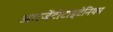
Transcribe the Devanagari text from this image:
आरजेंटोटाइटेनियम